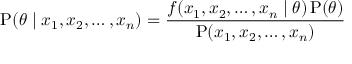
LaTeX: \operatorname { P } ( \theta \mid x _ { 1 } , x _ { 2 } , \ldots , x _ { n } ) = { \frac { f ( x _ { 1 } , x _ { 2 } , \ldots , x _ { n } \mid \theta ) \operatorname { P } ( \theta ) } { \operatorname { P } ( x _ { 1 } , x _ { 2 } , \ldots , x _ { n } ) } }